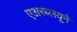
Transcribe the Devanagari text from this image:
एअरब्लयूने